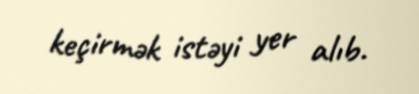
keçirmək istəyi yer alıb.